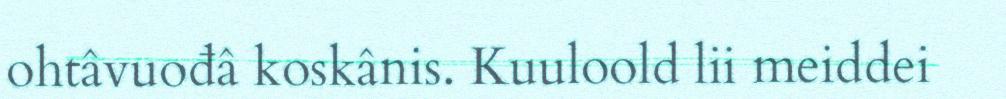
ohtâvuođâ koskânis. Kuuloold lii meiddei